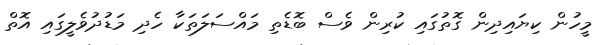
މީހުން ކިޔައިދިން ގޮތުގައި ކުރިން ވެސް ބޮޑެތި މައްސަލަތަކާ ހެދި މަޑުދުވެލީގައި އޮތް